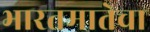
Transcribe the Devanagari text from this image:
भारतमातेचा